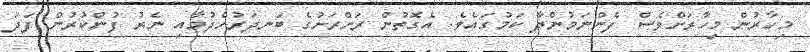
މިހާރުން މިހާރަށްވެސް ފެންނަމުންދާ ކަމުގައެވެ. އެގޮތުން ރަށްރަށުގެ ބަނދަރުހެދުމާއި ނެރު ފުންކުރުން ފަދަ